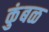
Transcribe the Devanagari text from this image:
कुंबळ